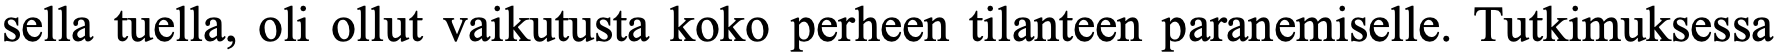
sella tuella, oli ollut vaikutusta koko perheen tilanteen paranemiselle. Tutkimuksessa